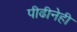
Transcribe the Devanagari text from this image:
पीढीनेही